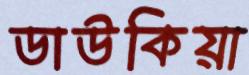
ডাউকিয়া